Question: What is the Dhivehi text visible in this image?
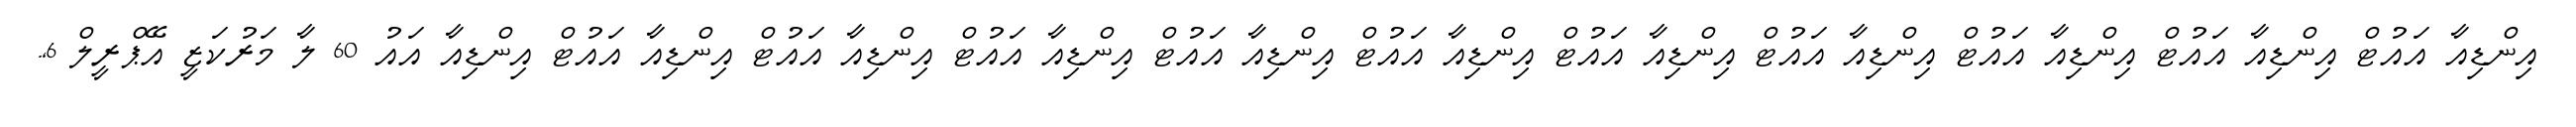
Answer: އިންޑިއާ އައުޓް އިންޑިއާ އައުޓް އިންޑިއާ އައުޓް އިންޑިއާ އައުޓް އިންޑިއާ އައުޓް އިންޑިއާ އައުޓް އިންޑިއާ އައުޓް އިންޑިއާ އައުޓް އިންޑިއާ އައުޓް އިންޑިއާ އައުޓް އިންޑިއާ އައު 60 ލާ މަރުކަޒީ އޭޕްރީލް 6,.